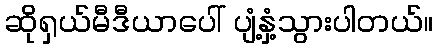
ဆိုရှယ်မီဒီယာပေါ် ပျံ့နှံ့သွားပါတယ်။